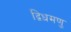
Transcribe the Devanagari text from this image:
द्विधमणु